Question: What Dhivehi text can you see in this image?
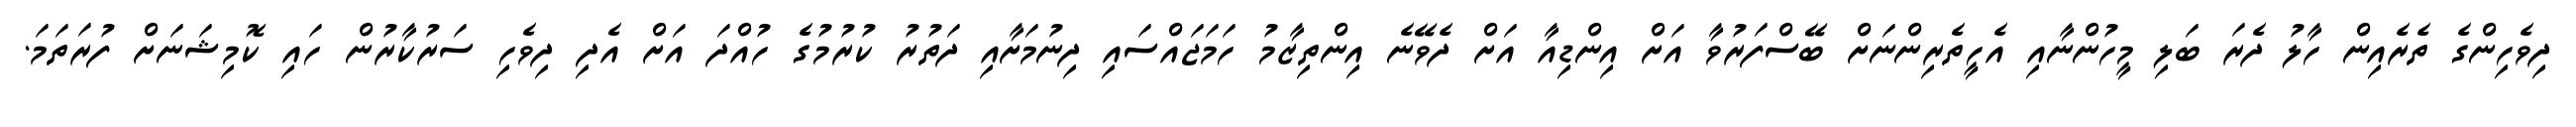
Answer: ދިވެހިންގެ ތެރެއިން ހާލު ދެރަ ބަލި މީހުންނާއި އެހީތެރިންނަށް ބޭސްފަރުވާ އަށް އިންޑިއާ އަށް ދެވޭނެ އިންތިޒާމު ހަމަޖައްސައި ދިނުމަށާއި ދަތުރު ކުރުމުގެ ހުއްދަ އަށް އެދި ދިވެހި ސަރުކާރުން ހައި ކޮމިޝަނަށް ފުރަތަމަ.